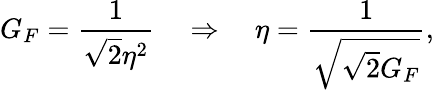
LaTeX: G_{F}=\frac{1}{\sqrt{2}\eta^{2}}\quad\Rightarrow\quad\eta=\frac{1}{\sqrt{\sqrt{2}G_{F}}},